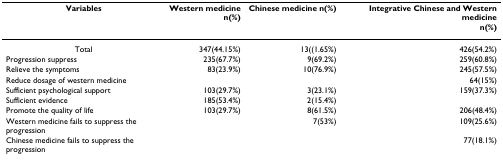
<table><thead><tr><td><b>Variables</b></td><td><b>Western medicinen(%)</b></td><td><b>Chinese medicine n(%)</b></td><td><b>Integrative Chinese and Western medicinen(%)</b></td></tr></thead><tbody><tr><td>Total</td><td>347(44.15%)</td><td>13((1.65%)</td><td>426(54.2%)</td></tr><tr><td>Progression suppress</td><td>235(67.7%)</td><td>9(69.2%)</td><td>259(60.8%)</td></tr><tr><td>Relieve the symptoms</td><td>83(23.9%)</td><td>10(76.9%)</td><td>245(57.5%)</td></tr><tr><td>Reduce dosage of western medicine</td><td>[EMPTY_CELL]</td><td>[EMPTY_CELL]</td><td>64(15%)</td></tr><tr><td>Sufficient psychological support</td><td>103(29.7%)</td><td>3(23.1%)</td><td>159(37.3%)</td></tr><tr><td>Sufficient evidence</td><td>185(53.4%)</td><td>2(15.4%)</td><td>[EMPTY_CELL]</td></tr><tr><td>Promote the quality of life</td><td>103(29.7%)</td><td>8(61.5%)</td><td>206(48.4%)</td></tr><tr><td>Western medicine fails to suppress the progression</td><td>[EMPTY_CELL]</td><td>7(53%)</td><td>109(25.6%)</td></tr><tr><td>Chinese medicine fails to suppress the progression</td><td>[EMPTY_CELL]</td><td>[EMPTY_CELL]</td><td>77(18.1%)</td></tr></tbody></table>